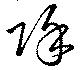
賖